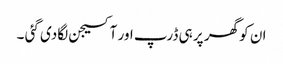
ان کو گھر پر ہی ڈرپ اور آکسیجن لگادی گئی ۔